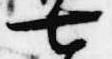
七